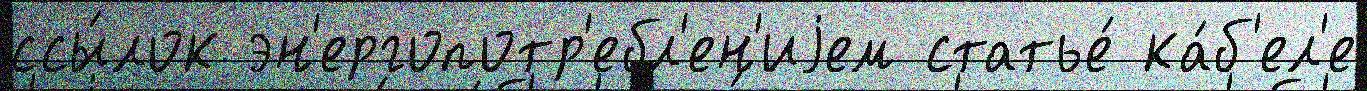
ссы́лок эн'ергопотр'ебл'ен'иjем статье́ ка́б'ел'е